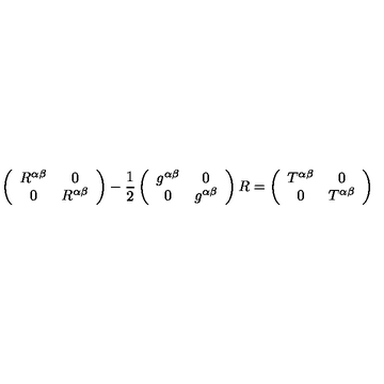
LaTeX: \left( \begin{array} { c c } { R ^ { \alpha \beta } } & { 0 } \\ { 0 } & { R ^ { \alpha \beta } } \\ \end{array} \right) - \frac { 1 } { 2 } \left( \begin{array} { c c } { g ^ { \alpha \beta } } & { 0 } \\ { 0 } & { g ^ { \alpha \beta } } \\ \end{array} \right) R = \left( \begin{array} { c c } { T ^ { \alpha \beta } } & { 0 } \\ { 0 } & { T ^ { \alpha \beta } } \\ \end{array} \right)